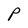
Character: P